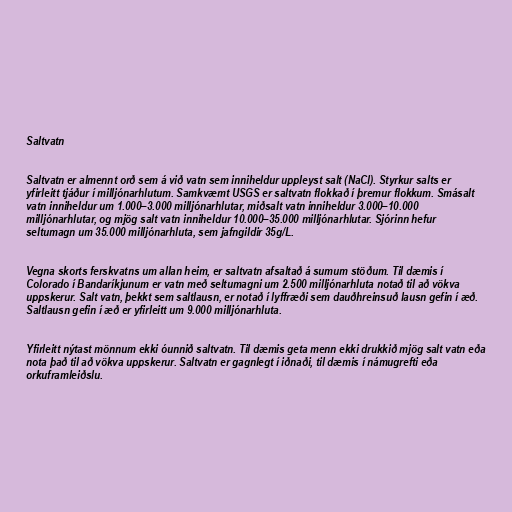
Saltvatn

Saltvatn er almennt orð sem á við vatn sem inniheldur uppleyst salt (NaCl). Styrkur salts er
yfirleitt tjáður í milljónarhlutum. Samkvæmt USGS er saltvatn flokkað í þremur flokkum. Smásalt
vatn inniheldur um 1.000–3.000 milljónarhlutar, miðsalt vatn inniheldur 3.000–10.000
milljónarhlutar, og mjög salt vatn inniheldur 10.000–35.000 milljónarhlutar. Sjórinn hefur
seltumagn um 35.000 milljónarhluta, sem jafngildir 35g/L.

Vegna skorts ferskvatns um allan heim, er saltvatn afsaltað á sumum stöðum. Til dæmis í
Colorado í Bandaríkjunum er vatn með seltumagni um 2.500 milljónarhluta notað til að vökva
uppskerur. Salt vatn, þekkt sem saltlausn, er notað í lyffræði sem dauðhreinsuð lausn gefin í æð.
Saltlausn gefin í æð er yfirleitt um 9.000 milljónarhluta.

Yfirleitt nýtast mönnum ekki óunnið saltvatn. Til dæmis geta menn ekki drukkið mjög salt vatn eða
nota það til að vökva uppskerur. Saltvatn er gagnlegt í iðnaði, til dæmis í námugrefti eða
orkuframleiðslu.